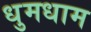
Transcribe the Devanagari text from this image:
धुमधाम